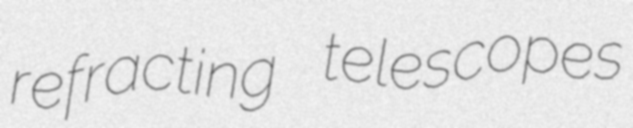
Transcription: refracting telescopes